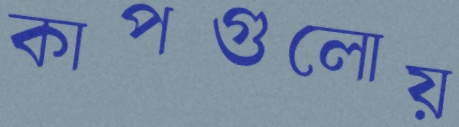
কাপগুলোয়